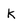
Character: K